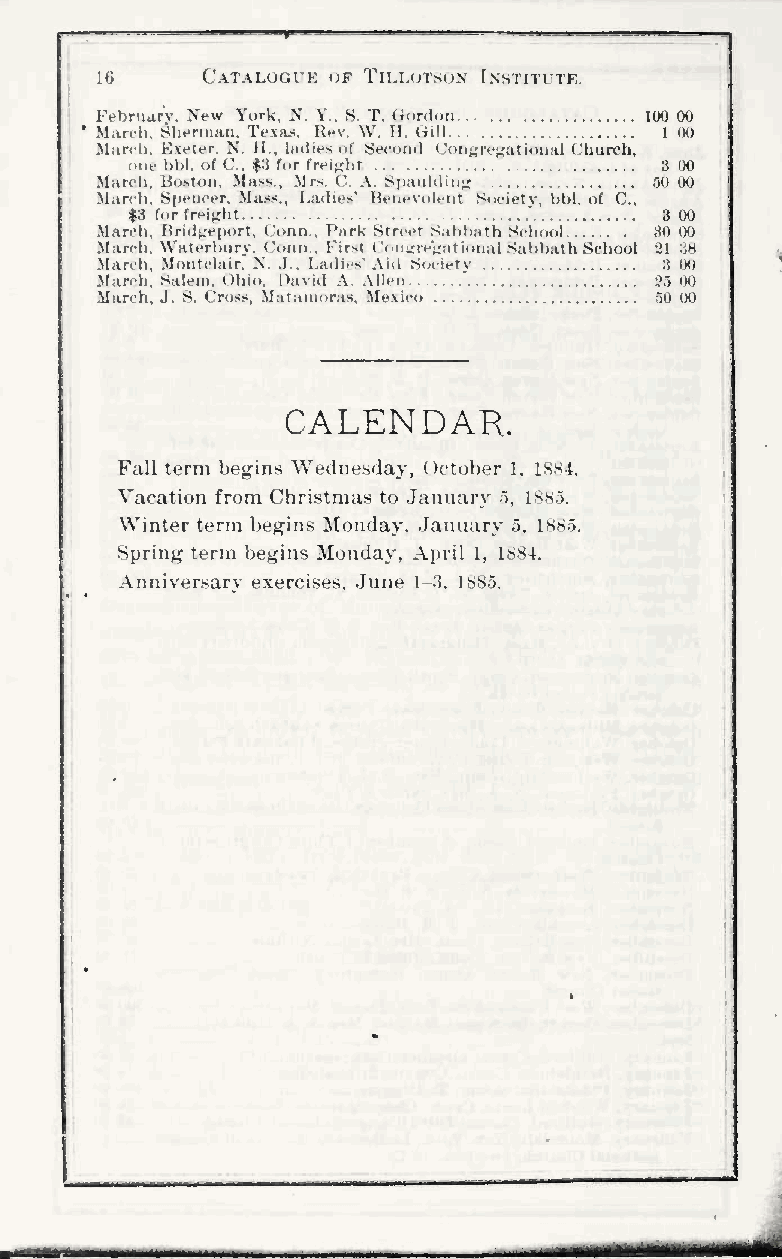
16     Catalogue of Tillotson Institute.
 Februarv. New York. N. Y., 8. T. (Toniori 100 00
 Man-li, Sherman. Texa-s, Rev. W. H. (iill 1(H)
 Marrli. K.xeter. N. H.. ladie.s of Seeorul Conjjre;^atioiial Church,
 one hhl. of C. #;J for freight     3 (K)
 March. Boston, Ma.><s.. Mrs. C. A. Spaiil(liii<r SO 00
 March, Si)eiicer, Mass., Ladies' Benevolent Society ', bbl. of C,
 |8 for freight                     3 00
 .March, Hrid^report. Conn., Park Street S;i»)l);tth School 80 IKJ
 March. Waterhiiry, Conn.. Uir.-t Con^TeVrational Sahbalh School 21 .'.H
 .March. Montclair, N..I.. Ladies' Aid Society 3 00
 "
 March, Salem, ()hio. I)avid A. Allen ?5 00
 March, J . S. Cross, Malamoras, Mexico 50 00
 CALENDAR.
 Fall term begins Wednesday, October 1, 1884.
 Vacation from Christmas to January o, LS85.
 Winter term begins Monday. January 5, 1885.
 Spring term begins Monday. April 1, 1884.
 Anniversary exercises, June I-:>. 1885.
 ii •
 I
 HMI